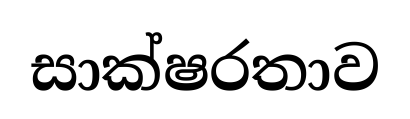
සාක්ෂරතාව